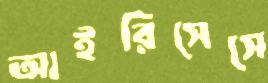
আইরিসেসে